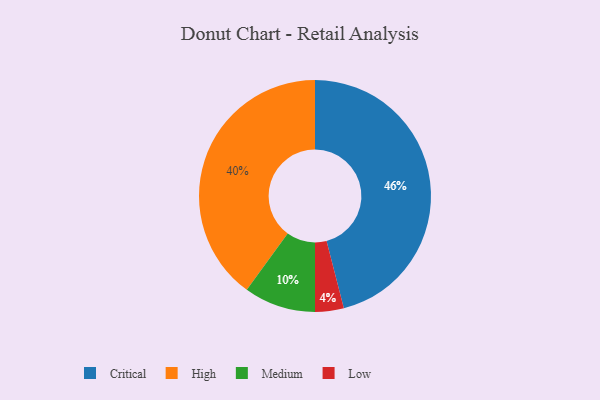
{"axis": {"x": "Category", "y": "Percentage"}, "legend": ["Critical", "High", "Low", "Medium"], "data": [{"x": "Low", "y": 4, "type": "Low"}, {"x": "High", "y": 40, "type": "High"}, {"x": "Critical", "y": 46, "type": "Critical"}, {"x": "Medium", "y": 10, "type": "Medium"}]}